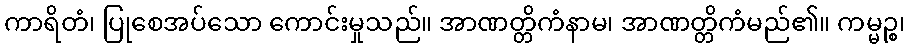
ကာရိတံ၊ ပြုစေအပ်သော ကောင်းမှုသည်။ အာဏတ္တိကံနာမ၊ အာဏတ္တိကံမည်၏။ ကမ္မဉ္စ၊